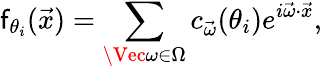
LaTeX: \mathsf{f}_{\theta_{i}}(\vec{{x}})=\sum_{\Vec{\omega}\in\Omega}c_{\vec{{\omega}}}(\theta_{i})e^{i\vec{{\omega}}\cdot\vec{{x}}},